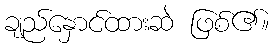
ချည်နှောင်ထားဆဲ ဖြစ်၏။